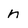
Character: n